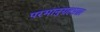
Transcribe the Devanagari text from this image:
परमानुग्रहप्राप्त